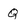
Character: Q